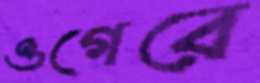
ওগেরে